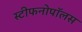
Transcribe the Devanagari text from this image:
स्टीफनोपॉलस